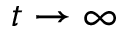
t \rightarrow \infty